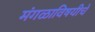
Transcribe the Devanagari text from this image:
मंगळाविषयीचे